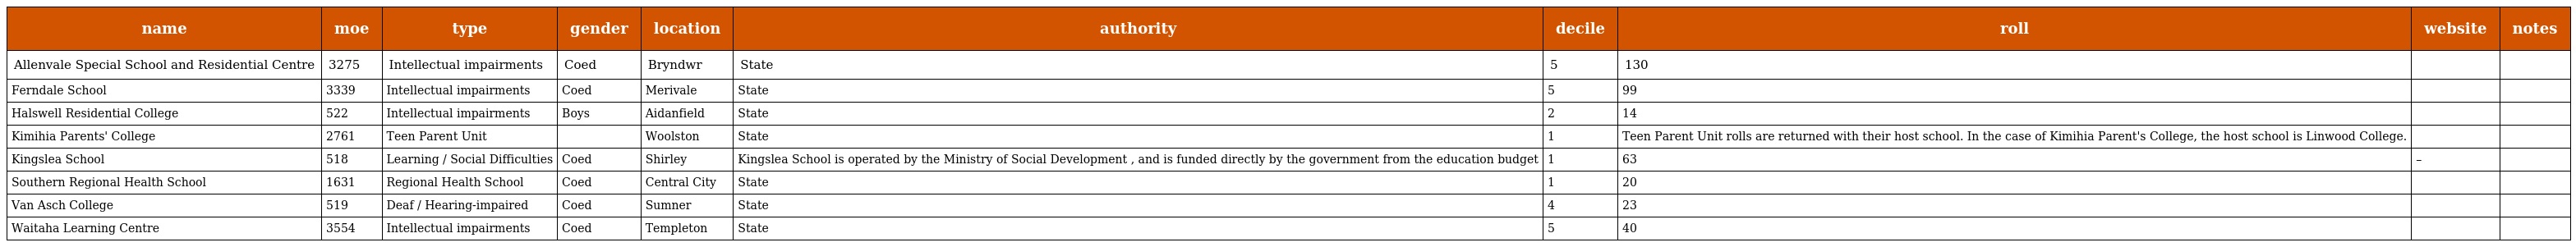
| name | moe | type | gender | location | authority | decile | roll | website | notes |
 | --- | --- | --- | --- | --- | --- | --- | --- | --- | --- |
 | Allenvale Special School and Residential Centre | 3275 | Intellectual impairments | Coed | Bryndwr | State | 5 | 130 |  |  |
 | Ferndale School | 3339 | Intellectual impairments | Coed | Merivale | State | 5 | 99 |  |  |
 | Halswell Residential College | 522 | Intellectual impairments | Boys | Aidanfield | State | 2 | 14 |  |  |
 | Kimihia Parents' College | 2761 | Teen Parent Unit |  | Woolston | State | 1 | Teen Parent Unit rolls are returned with their host school. In the case of Kimihia Parent's College, the host school is Linwood College. |  |  |
 | Kingslea School | 518 | Learning / Social Difficulties | Coed | Shirley | Kingslea School is operated by the Ministry of Social Development , and is funded directly by the government from the education budget | 1 | 63 | – |  |
 | Southern Regional Health School | 1631 | Regional Health School | Coed | Central City | State | 1 | 20 |  |  |
 | Van Asch College | 519 | Deaf / Hearing-impaired | Coed | Sumner | State | 4 | 23 |  |  |
 | Waitaha Learning Centre | 3554 | Intellectual impairments | Coed | Templeton | State | 5 | 40 |  |  |